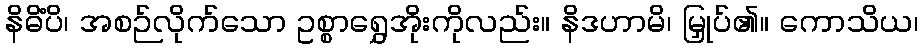
နိဓိံပိ၊ အစဉ်လိုက်သော ဥစ္စာရွှေအိုးကိုလည်း။ နိဒဟာမိ၊ မြှုပ်၏။ ကောသိယ၊